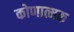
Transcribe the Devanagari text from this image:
कोणात्मक